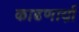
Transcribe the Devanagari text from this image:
काढणार्य़ा